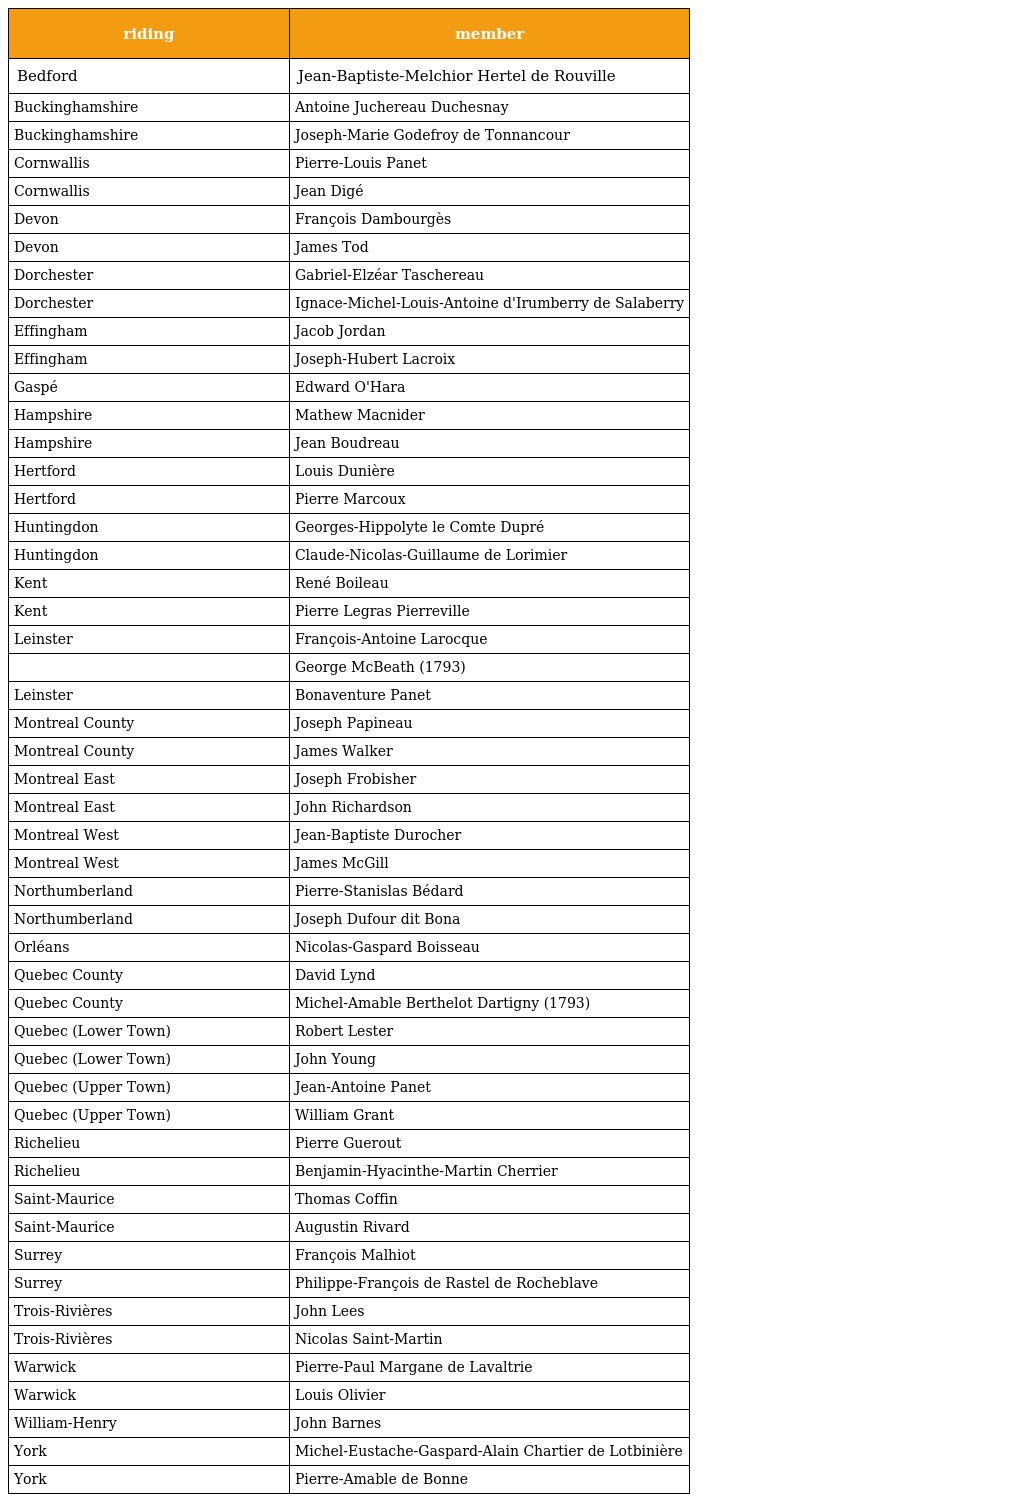
| riding | member |
 | --- | --- |
 | Bedford | Jean-Baptiste-Melchior Hertel de Rouville |
 | Buckinghamshire | Antoine Juchereau Duchesnay |
 | Buckinghamshire | Joseph-Marie Godefroy de Tonnancour |
 | Cornwallis | Pierre-Louis Panet |
 | Cornwallis | Jean Digé |
 | Devon | François Dambourgès |
 | Devon | James Tod |
 | Dorchester | Gabriel-Elzéar Taschereau |
 | Dorchester | Ignace-Michel-Louis-Antoine d'Irumberry de Salaberry |
 | Effingham | Jacob Jordan |
 | Effingham | Joseph-Hubert Lacroix |
 | Gaspé | Edward O'Hara |
 | Hampshire | Mathew Macnider |
 | Hampshire | Jean Boudreau |
 | Hertford | Louis Dunière |
 | Hertford | Pierre Marcoux |
 | Huntingdon | Georges-Hippolyte le Comte Dupré |
 | Huntingdon | Claude-Nicolas-Guillaume de Lorimier |
 | Kent | René Boileau |
 | Kent | Pierre Legras Pierreville |
 | Leinster | François-Antoine Larocque |
 |  | George McBeath (1793) |
 | Leinster | Bonaventure Panet |
 | Montreal County | Joseph Papineau |
 | Montreal County | James Walker |
 | Montreal East | Joseph Frobisher |
 | Montreal East | John Richardson |
 | Montreal West | Jean-Baptiste Durocher |
 | Montreal West | James McGill |
 | Northumberland | Pierre-Stanislas Bédard |
 | Northumberland | Joseph Dufour dit Bona |
 | Orléans | Nicolas-Gaspard Boisseau |
 | Quebec County | David Lynd |
 | Quebec County | Michel-Amable Berthelot Dartigny (1793) |
 | Quebec (Lower Town) | Robert Lester |
 | Quebec (Lower Town) | John Young |
 | Quebec (Upper Town) | Jean-Antoine Panet |
 | Quebec (Upper Town) | William Grant |
 | Richelieu | Pierre Guerout |
 | Richelieu | Benjamin-Hyacinthe-Martin Cherrier |
 | Saint-Maurice | Thomas Coffin |
 | Saint-Maurice | Augustin Rivard |
 | Surrey | François Malhiot |
 | Surrey | Philippe-François de Rastel de Rocheblave |
 | Trois-Rivières | John Lees |
 | Trois-Rivières | Nicolas Saint-Martin |
 | Warwick | Pierre-Paul Margane de Lavaltrie |
 | Warwick | Louis Olivier |
 | William-Henry | John Barnes |
 | York | Michel-Eustache-Gaspard-Alain Chartier de Lotbinière |
 | York | Pierre-Amable de Bonne |